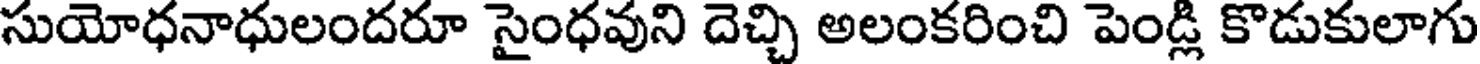
సుయోధనాధులందరూ సైంధవుని దెచ్చి అలంకరించి పెండ్లి కొడుకులాగు